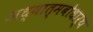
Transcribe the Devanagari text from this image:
अध्यात्मबोधार्थ